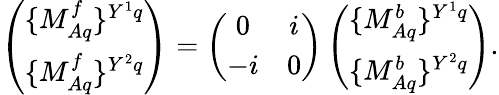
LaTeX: \left(\begin{array}{c}{{\{ M_{Aq}^{f}\} ^{Y^{1}q}}}\\ {{\{ M_{Aq}^{f}\} ^{Y^{2}q}}}\end{array}\right)=\left(\begin{array}{cc}{{0}}&{{i}}\\ {{-i}}&{{0}}\end{array}\right)\left(\begin{array}{c}{{\{ M_{Aq}^{b}\} ^{Y^{1}q}}}\\ {{\{ M_{Aq}^{b}\} ^{Y^{2}q}}}\end{array}\right).